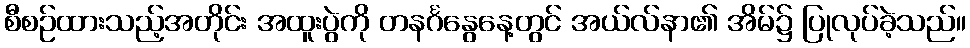
စီစဉ်ထားသည့်အတိုင်း အထူးပွဲကို တနင်္ဂနွေနေ့တွင် အယ်လ်နာ၏ အိမ်၌ ပြုလုပ်ခဲ့သည်။